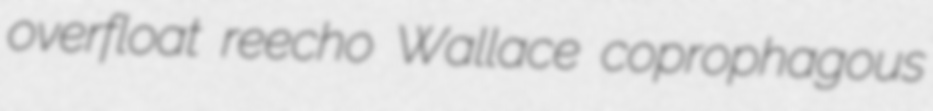
overfloat reecho Wallace coprophagous